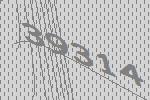
39314